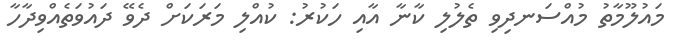
މައުލޫމާތު މުއްސަނދިވި ތެލުލި ކާނާ އާއި ހަކުރު: ކުއްލި މަރަކަށް ދެވޭ ދައުވަތެއްވިދާހާ